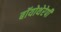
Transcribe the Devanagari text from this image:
बॉयोथेरेपी